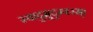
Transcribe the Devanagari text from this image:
स्वादुमुदुम्बरम्।